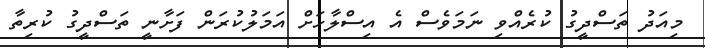
މިއަދު ތަސްދީގު ކުރެއްވި ނަމަވެސް އެ އިސްލާހަށް އަމަލުކުރަން ފަށާނީ ތަސްދީގު ކުރިތާ